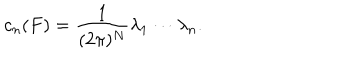
LaTeX: c _ { n } ( F ) = \frac { 1 } { ( 2 \pi ) ^ { N } } \lambda _ { 1 } \cdots \lambda _ { n } .